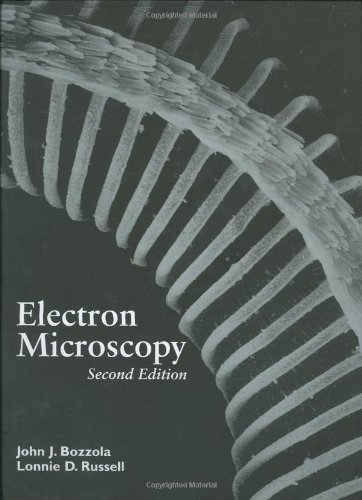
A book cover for Electron Microscopy, 2nd Edition; John J. Bozzola; Science & Math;